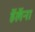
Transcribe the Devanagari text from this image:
हॅलॅना